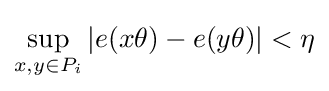
\sup _{x,y\in P_{i}}|e(x\theta )-e(y\theta )|<\eta